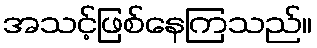
အသင့်ဖြစ်နေကြသည်။